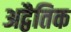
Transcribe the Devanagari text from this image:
अद्वैतिक